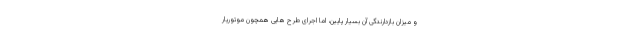
و میزان بازدارندگی آن بسیار پایین، اما اجرای طرح هایی همچون موتوریار